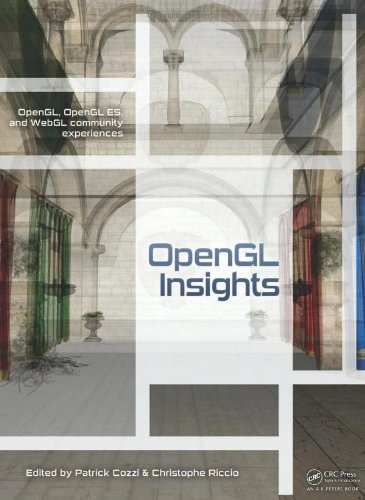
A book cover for OpenGL Insights; Computers & Technology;